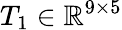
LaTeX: T_{1}\in\mathbb{R}^{9\times 5}